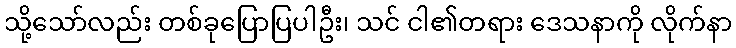
သို့သော်လည်း တစ်ခုပြောပြပါဦး၊ သင် ငါ၏တရား ဒေသနာကို လိုက်နာ